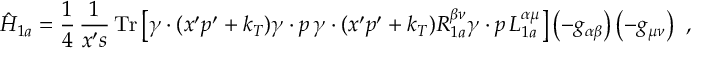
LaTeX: \hat { H } _ { 1 a } = \frac { 1 } { 4 } \, \frac { 1 } { x ^ { \prime } s } \, \mathrm { T r } \left[ \gamma \cdot ( x ^ { \prime } p ^ { \prime } + k _ { T } ) \gamma \cdot p \, \gamma \cdot ( x ^ { \prime } p ^ { \prime } + k _ { T } ) R _ { 1 a } ^ { \beta \nu } \gamma \cdot p \, L _ { 1 a } ^ { \alpha \mu } \right] \left( - g _ { \alpha \beta } \right) \left( - g _ { \mu \nu } \right) \ ,